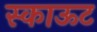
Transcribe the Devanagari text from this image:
स्काऊट